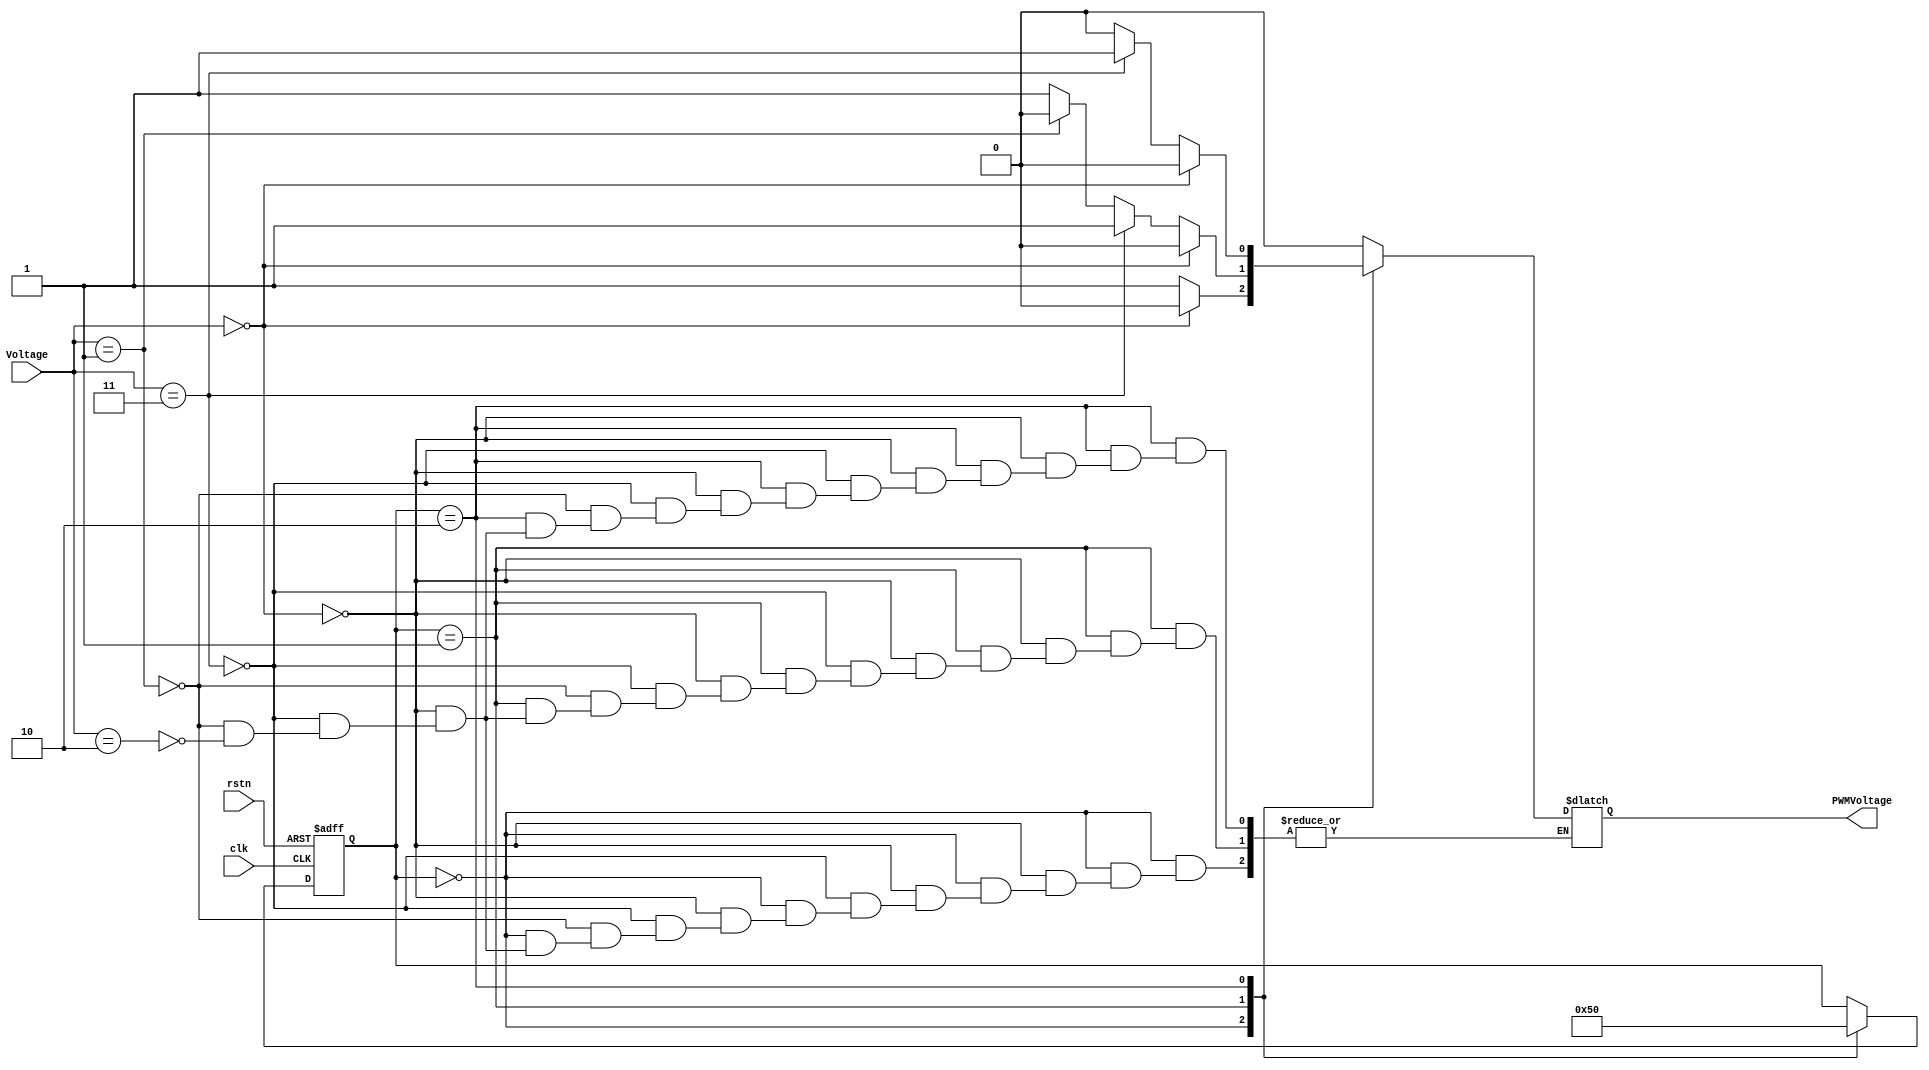
// --------------------------------------------------------------------
// >>>>>>>>>>>>>>>>>>>>>>>>> COPYRIGHT NOTICE <<<<<<<<<<<<<<<<<<<<<<<<<
// --------------------------------------------------------------------
// Copyright (c) 2001 - 2008 by Lattice Semiconductor Corporation  
// --------------------------------------------------------------------  
//  
// Permission:                    
//
// Lattice Semiconductor grants permission to use this code for use
// in synthesis for any Lattice programmable logic product. Other
// use of this code, including the selling or duplication of any
// portion is strictly prohibited.
//
// Disclaimer:
//
// This VHDL or Verilog source code is intended as a design reference
// which illustrates how these types of functions can be implemented.
// It is the user's responsibility to verify their design for
// consistency and functionality through the use of formal
// verification methods. Lattice Semiconductor provides no warranty
// regarding the use or functionality of this code.
//
// --------------------------------------------------------------------
//
// Lattice Semiconductor Corporation
// 5555 NE Moore Court
// Hillsboro, OR 97214
// U.S.A
//
// TEL: 1-800-Lattice (USA and Canada)
// 503-268-8001 (other locations)
//
// web: http://www.latticesemi.com/
//  
// --------------------------------------------------------------------
// Code Revision History :
// --------------------------------------------------------------------
// Ver: | Author |Mod. Date |Changes Made:
// V1.0 | C.W.   |3/31/11    |Initial ver
//  
// --------------------------------------------------------------------

// Duty, PWM => (00, 000=0V), (11,111=3V), (01,100=1V), (10,110=2V)
module PWM(clk, rstn, Voltage, PWMVoltage);

	input clk, rstn;
	input [1:0] Voltage;

	output PWMVoltage;

	reg PWMVoltage;
	reg [2:0] state;

	parameter PWM0=0, PWM1=1, PWM2=2 ;

	always @(state) 
	begin
		case (state)
			PWM0:
			begin
				if (Voltage == 2'b00)
					PWMVoltage = 1'b0;
				else if (Voltage == 2'b11)
					PWMVoltage = 1'b1;
				else if (Voltage == 2'b01)
					PWMVoltage = 1'b1;
				else if (Voltage == 2'b10)
					PWMVoltage = 1'b1;
			end
			PWM1:
			begin
				if (Voltage == 2'b00)
					PWMVoltage = 1'b0;
				else if (Voltage == 2'b11)
					PWMVoltage = 1'b1;
				else if (Voltage == 2'b01)
					PWMVoltage = 1'b0;
				else if (Voltage == 2'b10)
					PWMVoltage = 1'b1;
			end
			PWM2:
			begin
				if (Voltage == 2'b00)
					PWMVoltage = 1'b0;
				else if (Voltage == 2'b11)
					PWMVoltage = 1'b1;
				else if (Voltage == 2'b01)
					PWMVoltage = 1'b0;
				else if (Voltage == 2'b10)
					PWMVoltage = 1'b0;
			end

			default:
			begin
				PWMVoltage = 1'b0;
			end
		endcase
	end

	always @(posedge clk or negedge rstn)
	begin
		if (rstn == 0)
			begin
			state = PWM0;
			end
		else
			begin

			case (state)
				PWM0:
					state = PWM1;
				PWM1:
					state = PWM2;
				PWM2:
					state = PWM0;

			endcase
			end
	end

endmodule